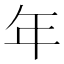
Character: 年